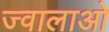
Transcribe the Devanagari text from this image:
ज्वालाओ